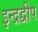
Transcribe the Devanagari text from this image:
इन्द्रद्वीप